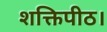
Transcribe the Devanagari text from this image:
शक्तिपीठ।